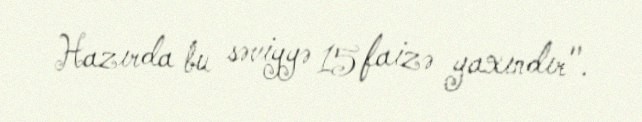
Hazırda bu səviyyə 15 faizə yaxındır".